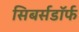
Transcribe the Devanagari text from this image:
सिबर्सडॉर्फ